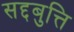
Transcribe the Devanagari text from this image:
सद्दबुत्ति